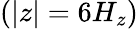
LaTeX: (|z|=6H_{z})